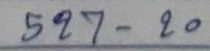
527 - 20